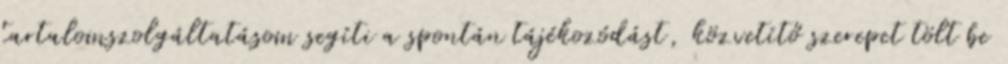
tartalomszolgáltatásom segíti a spontán tájékozódást, közvetítő szerepet tölt be